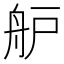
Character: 舮